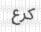
كرع